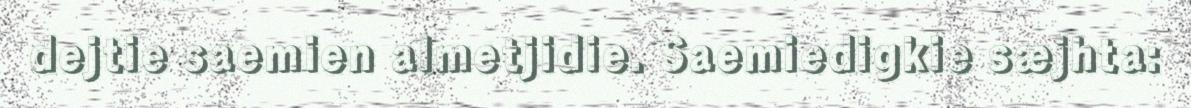
dejtie saemien almetjidie. Saemiedigkie sæjhta: